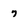
Character: 7